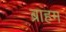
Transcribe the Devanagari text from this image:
ब्राहम